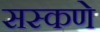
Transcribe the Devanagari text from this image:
सस्कणे